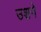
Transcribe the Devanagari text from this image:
उशने